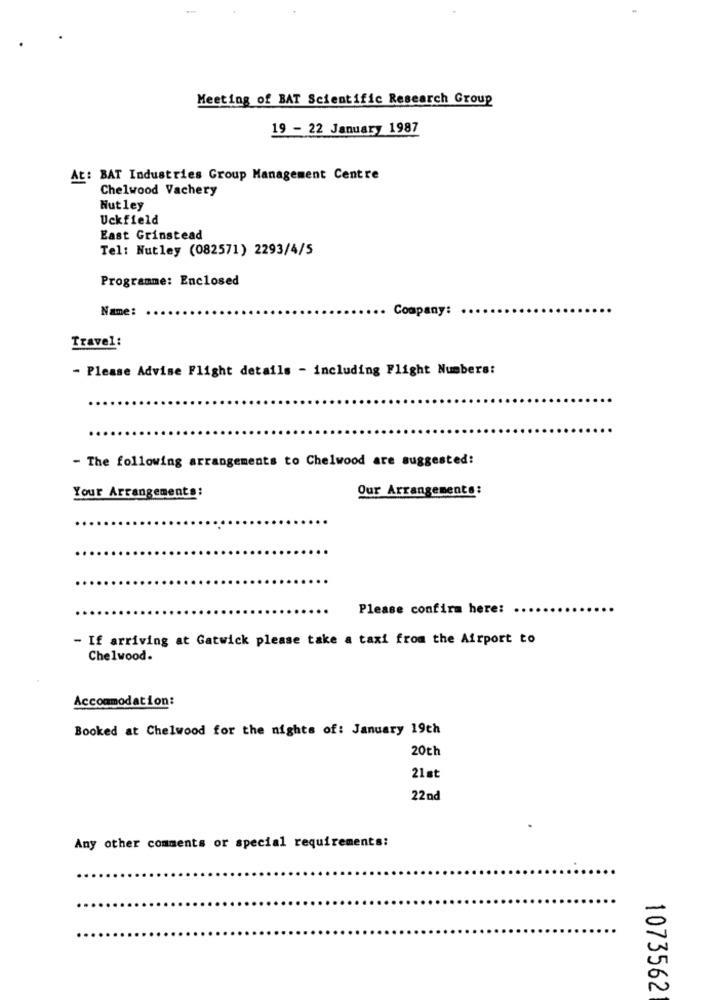
Meeting of BAT Scientific Research Group
19 - 22 January 1987
At: BAT Industries Group Management Centre
Chelwood Vachery
Nutley
Uckfield
East Grinstead
Tel: Nutley (082571) 2293/4/5
Programme: Enclosed
Name:
Company:
Travel:
- Please Advise Flight details - including Flight Numbers:
- The following arrangements to Chelwood are suggested:
Your Arrangements:
Our Arrangements:
Please confirm here:
- If arriving at Gatwick please take a taxi from the Airport to
Chelwood.
Accommodation:
Booked at Chelwood for the nights of: January 19th
20th
21st
22 nd
Any other comments or special requirements:
1073562